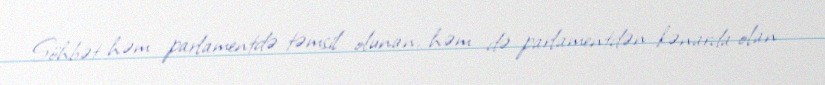
Söhbət həm parlamentdə təmsil olunan, həm də parlamentdən kənarda olan